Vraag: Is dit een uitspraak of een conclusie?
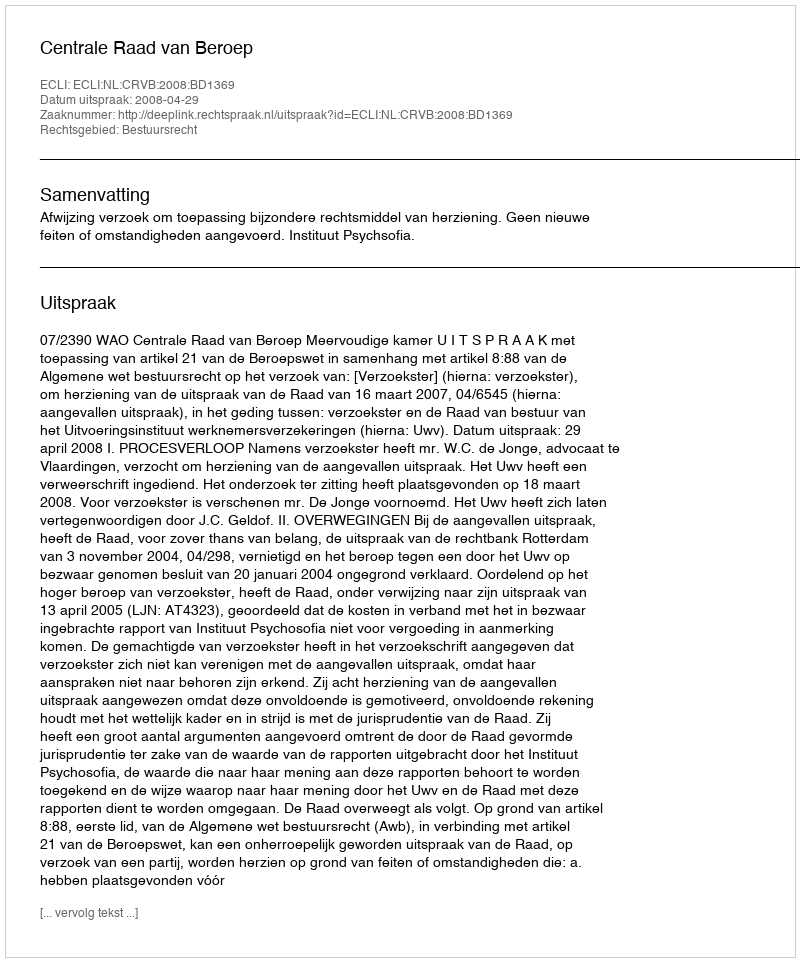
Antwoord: Uitspraak